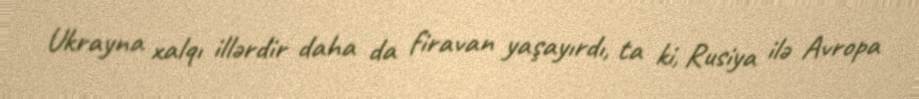
Ukrayna xalqı illərdir daha da firavan yaşayırdı, ta ki, Rusiya ilə Avropa